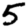
Digit: 5